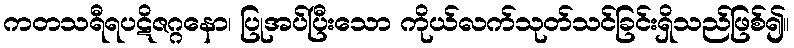
ကတသရီရပဋိဇဂ္ဂနော၊ ပြုအပ်ပြီးသော ကိုယ်လက်သုတ်သင်ခြင်းရှိသည်ဖြစ်၍။